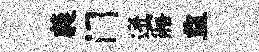
蕤门迸寤监